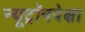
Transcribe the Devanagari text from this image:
न्यूट्रॉनपेक्षा